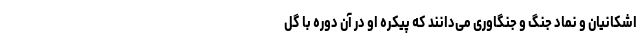
اشکانیان و نماد جنگ و جنگاوری می‌دانند که پیکره او در آن دوره با گِل